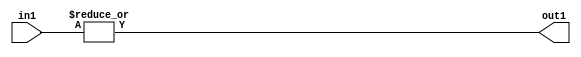
`timescale 1ps / 1ps
/*****************************************************************************
    Verilog RTL Description
    
    
    Created by: Stratus DpOpt 21.05.01 
*******************************************************************************/

module SobelFilter_OrReduction_5U_1U_1 (
	in1,
	out1
	); /* architecture "behavioural" */ 
input [4:0] in1;
output  out1;
wire  asc001;

assign asc001 = 
	(|in1);

assign out1 = asc001;
endmodule

/* CADENCE  urfwTgs= : u9/ySxbfrwZIxEzHVQQV8Q== ** DO NOT EDIT THIS LINE ******/